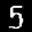
Label: 5